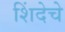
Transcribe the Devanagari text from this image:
शिंदेचे